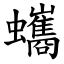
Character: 蠵